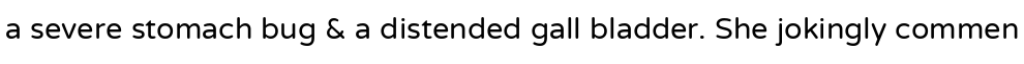
a severe stomach bug & a distended gall bladder. She jokingly commen